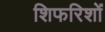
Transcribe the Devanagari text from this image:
शिफरिशों